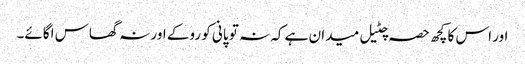
اور اس کا کچھ حصہ چٹیل میدان ہے کہ نہ تو پانی کو روکے اور نہ گھاس اگائے۔